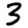
Digit: 3